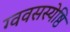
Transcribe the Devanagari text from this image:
ग्ववसस्येष्ठि